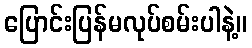
ပြောင်းပြန်မလုပ်စမ်းပါနဲ့။